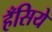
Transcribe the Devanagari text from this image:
हँसिये